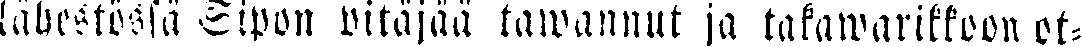
lähestössä Sipon pitäjää tawannut ja takawarikkoon ot-